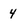
Character: 4